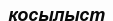
қосылыст